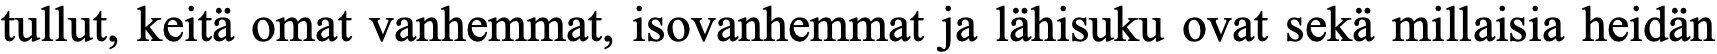
tullut, keitä omat vanhemmat, isovanhemmat ja lähisuku ovat sekä millaisia heidän